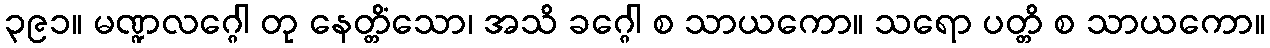
၃၉၁။ မဏ္ဍလဂ္ဂေါ တု နေတ္တိံသော၊ အသိ ခဂ္ဂေါ စ သာယကော။ သရော ပတ္တိ စ သာယကော။